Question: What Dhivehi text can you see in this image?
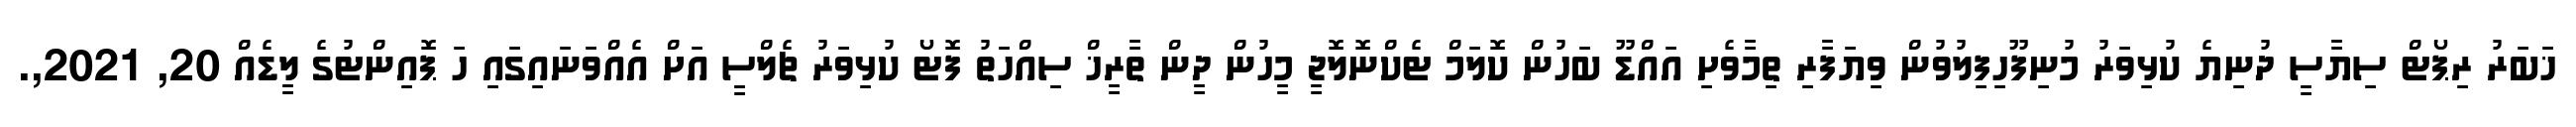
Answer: ޚަބަރު ރިޕޯޓް ސިޔާސީ ދުނިޔެ ކުޅިވަރު މުނިފޫހިފިލުވުން ވިޔަފާރި ތިމާވެށި އައްޑޫ ބަހުން ކޮލަމް ޓެކްނޮލޮޖީ މީހުން ދީން ތާރީޚް ސިއްހަތު ފޮޓޯ ކުޅިވަރު ޗެލްސީ އަށް އެއްވަނައިގައި ހަ ޕޮއިންޓުގެ ލީޑެއް 20, 2021,.